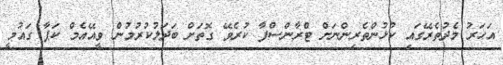
އަހަރު މެދުތެރޭގައި ކުޅުންތެރިންނަށް ޓްރާންސްފާ ކުރެވޭ ގޮތަށް ބަދަލުކުރުމުން ވީއޭއެމް ކަޕާ ގައުމީ